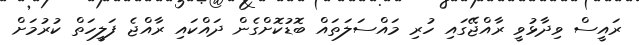
ރައީސް ވިދާޅުވީ ރާއްޖޭގައި ހުރި މައްސަލަތައް ބޮޑުކޮށްގެން ދައްކައި ރާއްޖެ ފަލީހަތް ކުރުމަށް